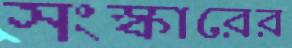
সংস্কারের